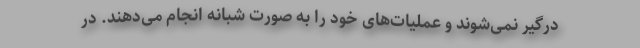
درگیر نمی‌شوند و عملیات‌های خود را به صورت شبانه انجام می‌دهند. در